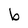
Character: b